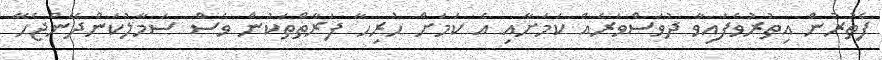
ފެތުރުން އިތުރުވެފައިވާ ދުވަސްވަރެއް ކަމަށާއި އެ ކަމަށް ހުރިހާ ފަރާތްތަކުން ވެސް ސަމާލުކަންދޭންޖެހޭ